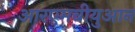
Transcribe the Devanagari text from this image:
आरएमबीयुआन